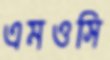
এমওসি